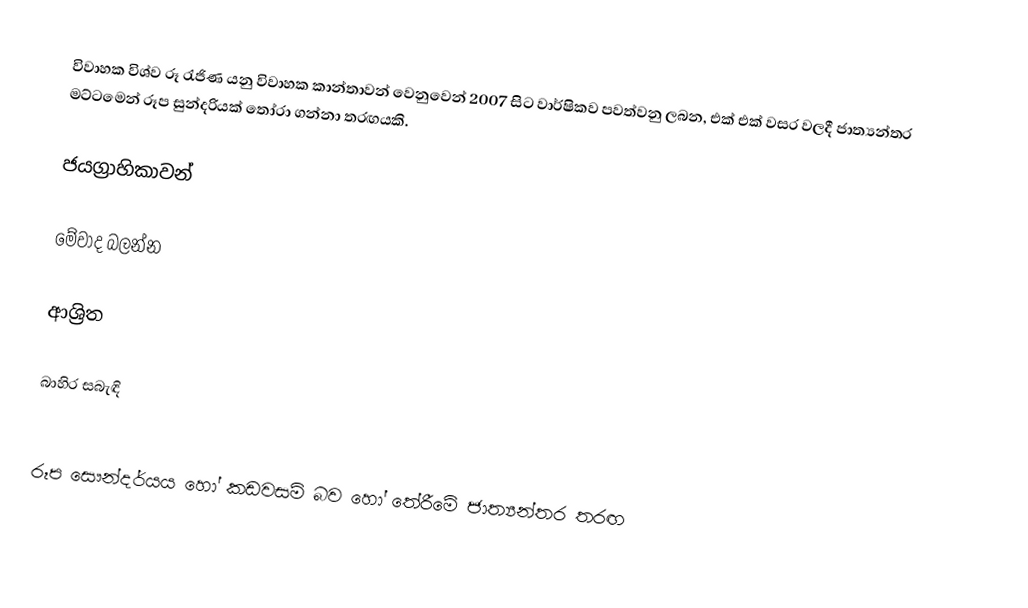
විවාහක විශ්ව රූ රැජිණ යනු විවාහක කාන්තාවන් වෙනුවෙන් 2007 සිට වාර්ෂිකව පවත්වනු ලබන, එක් එක් වසර වලදී ජාත්‍යන්තර මට්ටමෙන් රූප සුන්දරියක් තෝරා ගන්නා තරඟයකි.

ජයග්‍රාහිකාවන්

මේවාද බලන්න

ආශ්‍රිත

බාහිර සබැඳි

රූප සෞන්දර්යය හෝ කඩවසම් බව හෝ තේරීමේ ජාත්‍යන්තර තරඟ